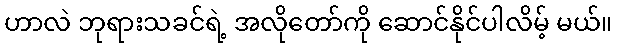
ဟာလဲ ဘုရားသခင်ရဲ့ အလိုတော်ကို ဆောင်နိုင်ပါလိမ့် မယ်။